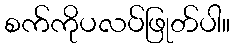
စက်ကိုပလပ်ဖြုတ်ပါ။